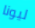
ليونا